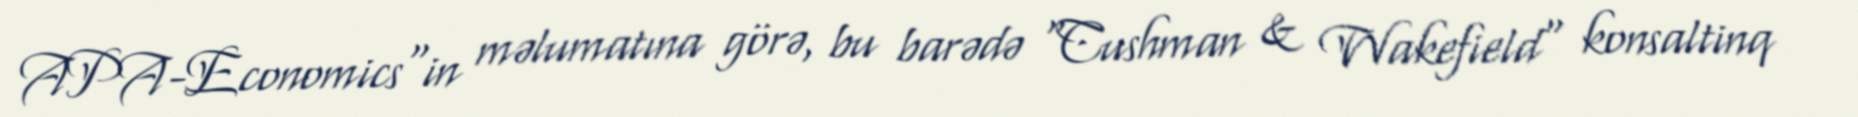
APA-Economics"in məlumatına görə, bu barədə "Cushman & Wakefield" konsaltinq